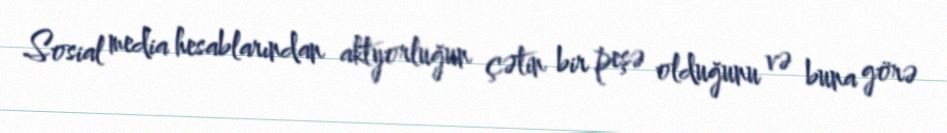
Sosial media hesablarından aktyorluğun çətin bir peşə olduğunu və buna görə